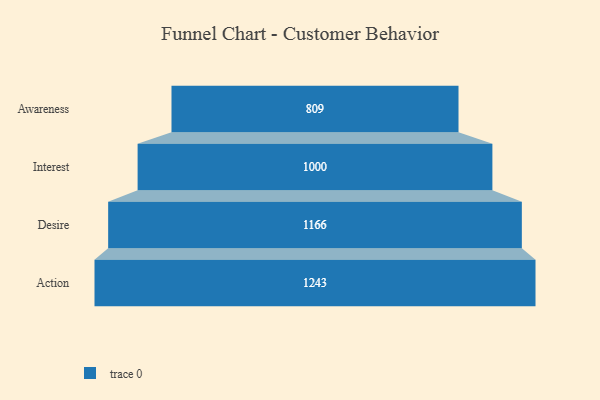
{"axis": {"x": "Stage", "y": "Value"}, "legend": [""], "data": [{"x": "Awareness", "y": 809.0, "type": ""}, {"x": "Interest", "y": 1000.0, "type": ""}, {"x": "Desire", "y": 1166.0, "type": ""}, {"x": "Action", "y": 1243.0, "type": ""}]}